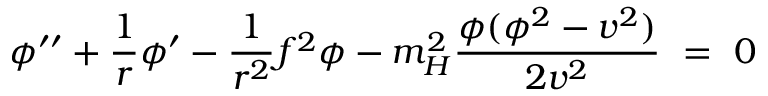
\phi ^ { \prime \prime } + \frac 1 r \phi ^ { \prime } - \frac 1 { r ^ { 2 } } f ^ { 2 } \phi - m _ { H } ^ { 2 } \frac { \phi ( \phi ^ { 2 } - v ^ { 2 } ) } { 2 v ^ { 2 } } \ = \ 0